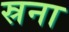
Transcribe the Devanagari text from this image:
स्रना